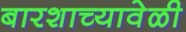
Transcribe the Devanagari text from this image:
बारशाच्यावेळी